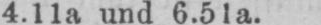
4.11a und 6.51a.